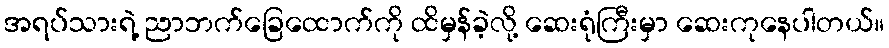
အရပ်သားရဲ့ ညာဘက်ခြေထောက်ကို ထိမှန်ခဲ့လို့ ဆေးရုံကြီးမှာ ဆေးကုနေပါတယ်။